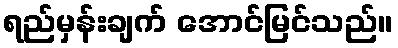
ရည်မှန်းချက် အောင်မြင်သည်။